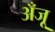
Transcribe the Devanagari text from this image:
अँजू